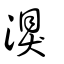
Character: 湨